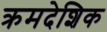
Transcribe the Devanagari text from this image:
क्रमदेशिक